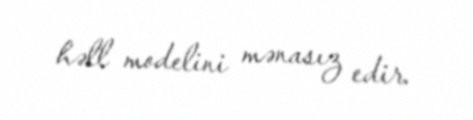
həll modelini mənasız edir.